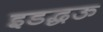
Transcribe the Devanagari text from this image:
इडद्धऊ